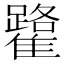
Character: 𩁐